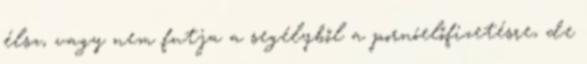
élsz, vagy nem futja a segélyből a pornóelőfizetésre, de